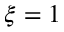
\xi = 1